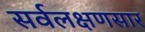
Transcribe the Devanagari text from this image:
सर्वलक्षणसार